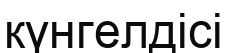
күнгелдісі